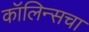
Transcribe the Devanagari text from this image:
कॉलिन्सचा